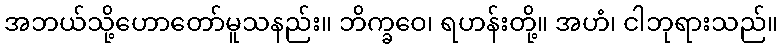
အဘယ်သို့ဟောတော်မူသနည်း။ ဘိက္ခဝေ၊ ရဟန်းတို့။ အဟံ၊ ငါဘုရားသည်။